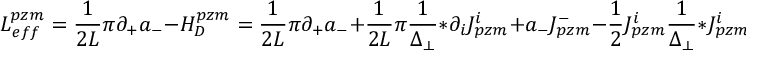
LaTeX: { \cal L } _ { e f f } ^ { p z m } = \frac { 1 } { 2 L } \pi \partial _ { + } a _ { - } - { \cal H } _ { D } ^ { p z m } = \frac { 1 } { 2 L } \pi \partial _ { + } a _ { - } + \frac { 1 } { 2 L } \pi \frac { 1 } { \Delta _ { \perp } } \ast \partial _ { i } J _ { p z m } ^ { i } + a _ { - } J _ { p z m } ^ { - } - \frac 1 2 J _ { p z m } ^ { i } \frac { 1 } { \Delta _ { \perp } } \ast J _ { p z m } ^ { i } \; ,